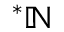
^ { * } \mathbb { N }